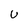
Character: U